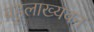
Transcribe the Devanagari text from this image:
बहुलाख्यवन